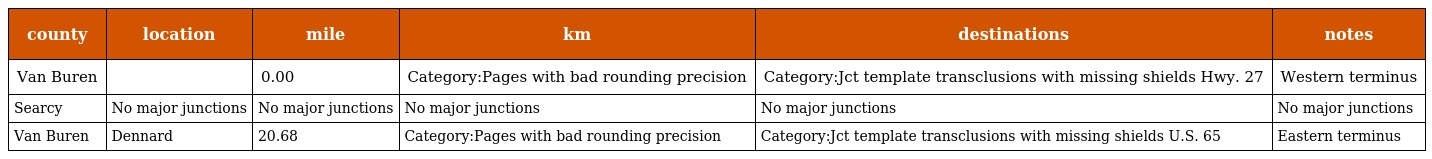
| county | location | mile | km | destinations | notes |
 | --- | --- | --- | --- | --- | --- |
 | Van Buren |  | 0.00 | Category:Pages with bad rounding precision | Category:Jct template transclusions with missing shields Hwy. 27 | Western terminus |
 | Searcy | No major junctions | No major junctions | No major junctions | No major junctions | No major junctions |
 | Van Buren | Dennard | 20.68 | Category:Pages with bad rounding precision | Category:Jct template transclusions with missing shields U.S. 65 | Eastern terminus |